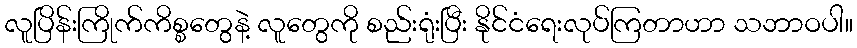
လူပြိန်းကြိုက်ကိစ္စတွေနဲ့ လူတွေကို စည်းရုံးပြီး နိုင်ငံရေးလုပ်ကြတာဟာ သဘာဝပါ။